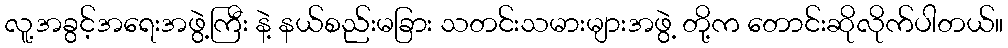
လူ့အခွင့်အရေးအဖွဲ့ကြီး နဲ့ နယ်စည်းမခြား သတင်းသမားများအဖွဲ့ တို့က တောင်းဆိုလိုက်ပါတယ်။